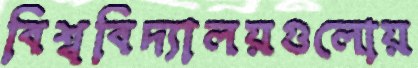
বিশ্ববিদ্যালয়গুলোয়